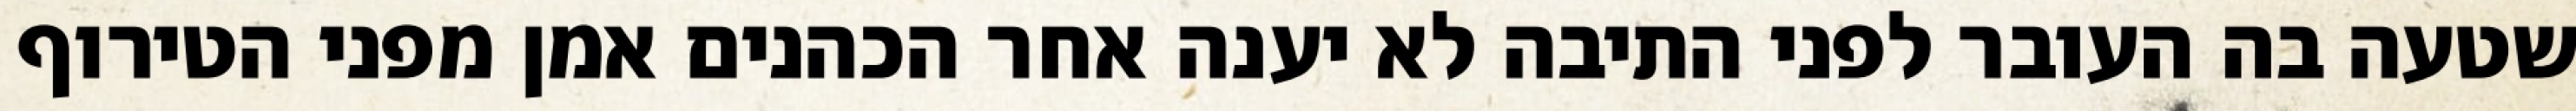
שטעה בה העובר לפני התיבה לא יענה אחר הכהנים אמן מפני הטירוף